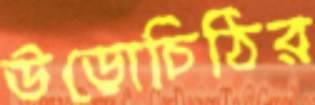
উড়োচিঠির